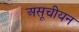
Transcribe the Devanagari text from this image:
असूचीयन